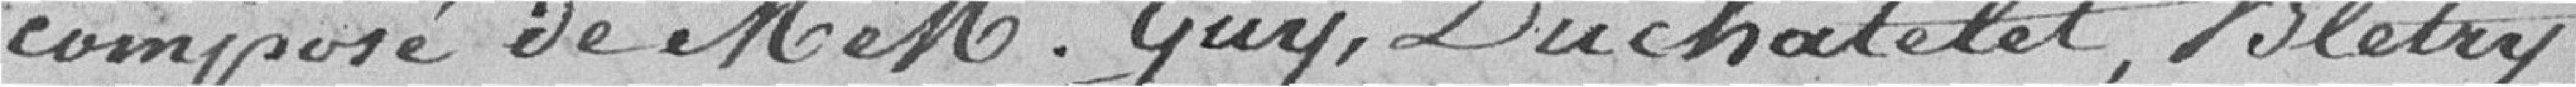
composé de Monsieur M. Guy Duchatelet, Bletry,